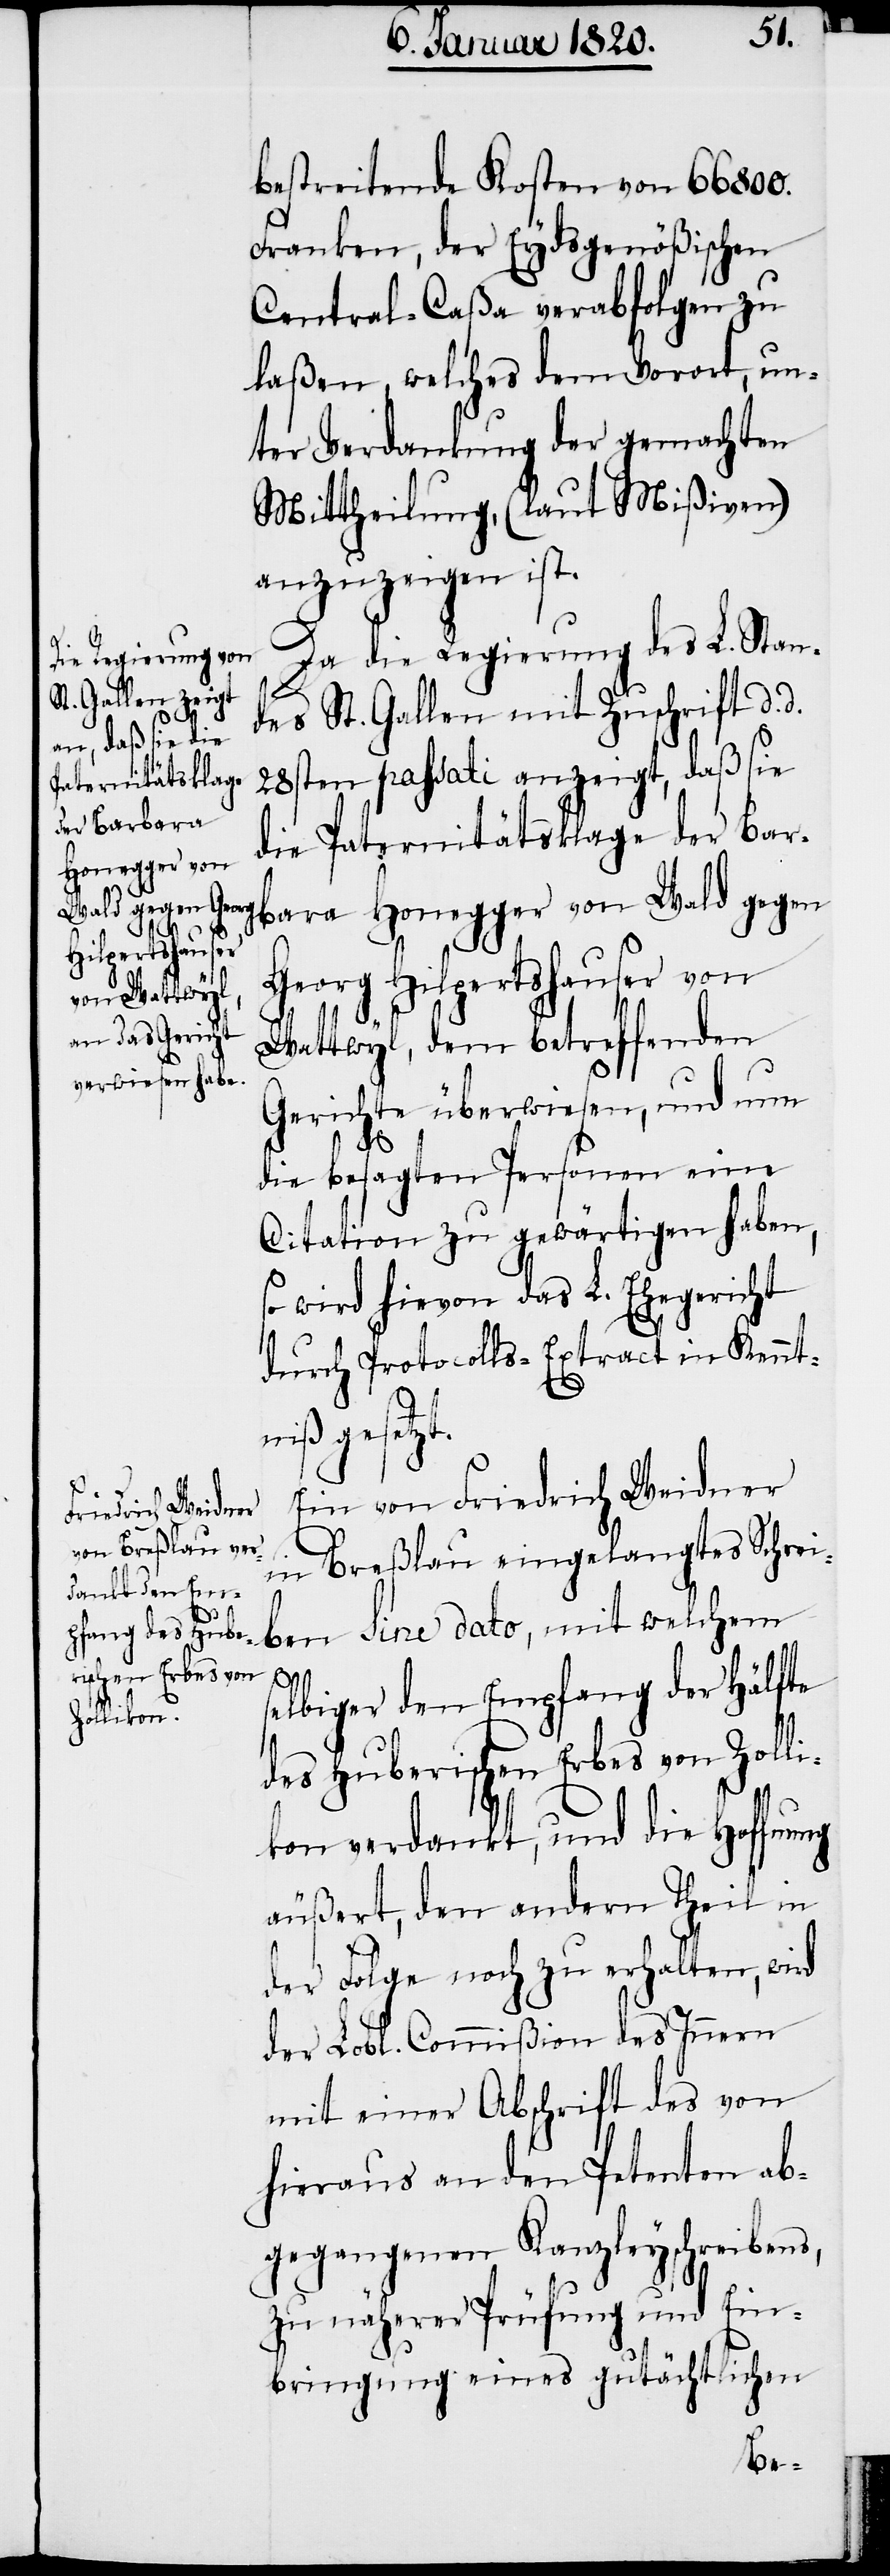
bestreitende Kosten von 66800.
Franken, der Eydsgenößischen
Central-Caßa verabfolgen zu
laßen, welches dem Vorort, un¬
ter Verdankung der gemachten
Mittheilung, (laut Mißiven)
anzuzeigen ist.
Da die Regierung des L. Stan¬
des St. Gallen mit Zuschrift d d
28sten passati anzeigt, daß sie
die Paternitätsklage der Bar¬
bara Honegger von Wald gegen
Georg Hilpertshauser von
Sine dato,
Wattwyl, dem betreffenden
Gerichte überwiesen, und nun
die besagten Personen eine
Citation zu gewärtigen haben,
so wird hievon das L. Ehegericht
durch Protocolls-Extract in Kennt¬
niß gesetzt.
ung
Ein von Friedrich Weidner
in Breßlau eingelangtes Schrei¬
ben
selbiger den Empfang der Hälfte
des Huberischen Erbes von Zoll¬
ikon verdankt, und die Hoffn¬
äußert, den andern Theil in
der Folge noch zu erhalten, wird
der Lobl. Commißion des Innern
mit einer Abschrift des von
hieraus an den Petenten ab¬
gegangenen Kanzleyschreibens,
zu näherer Prüfung und Ein¬
bringung eines gutächtlichen